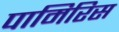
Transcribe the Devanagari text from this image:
पामिरिस